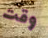
وقت